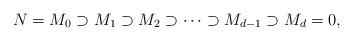
LaTeX: \begin{align*}N= M_0\supset M_1\supset M_2\supset\cdots\supset M_{d-1}\supset M_d=0 ,\end{align*}